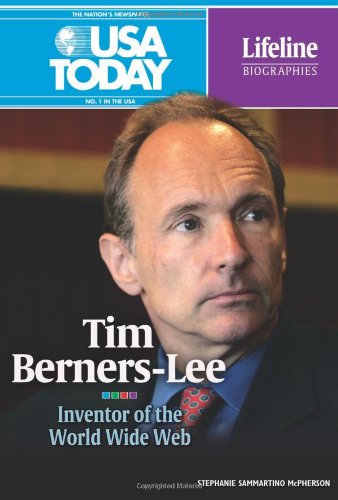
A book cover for Tim Berners-Lee: Inventor of the World Wide Web (USA Today Lifeline Biographies); Stephanie Sammartino McPherson; Children's Books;